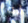
له